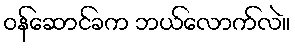
ဝန်ဆောင်ခက ဘယ်လောက်လဲ။